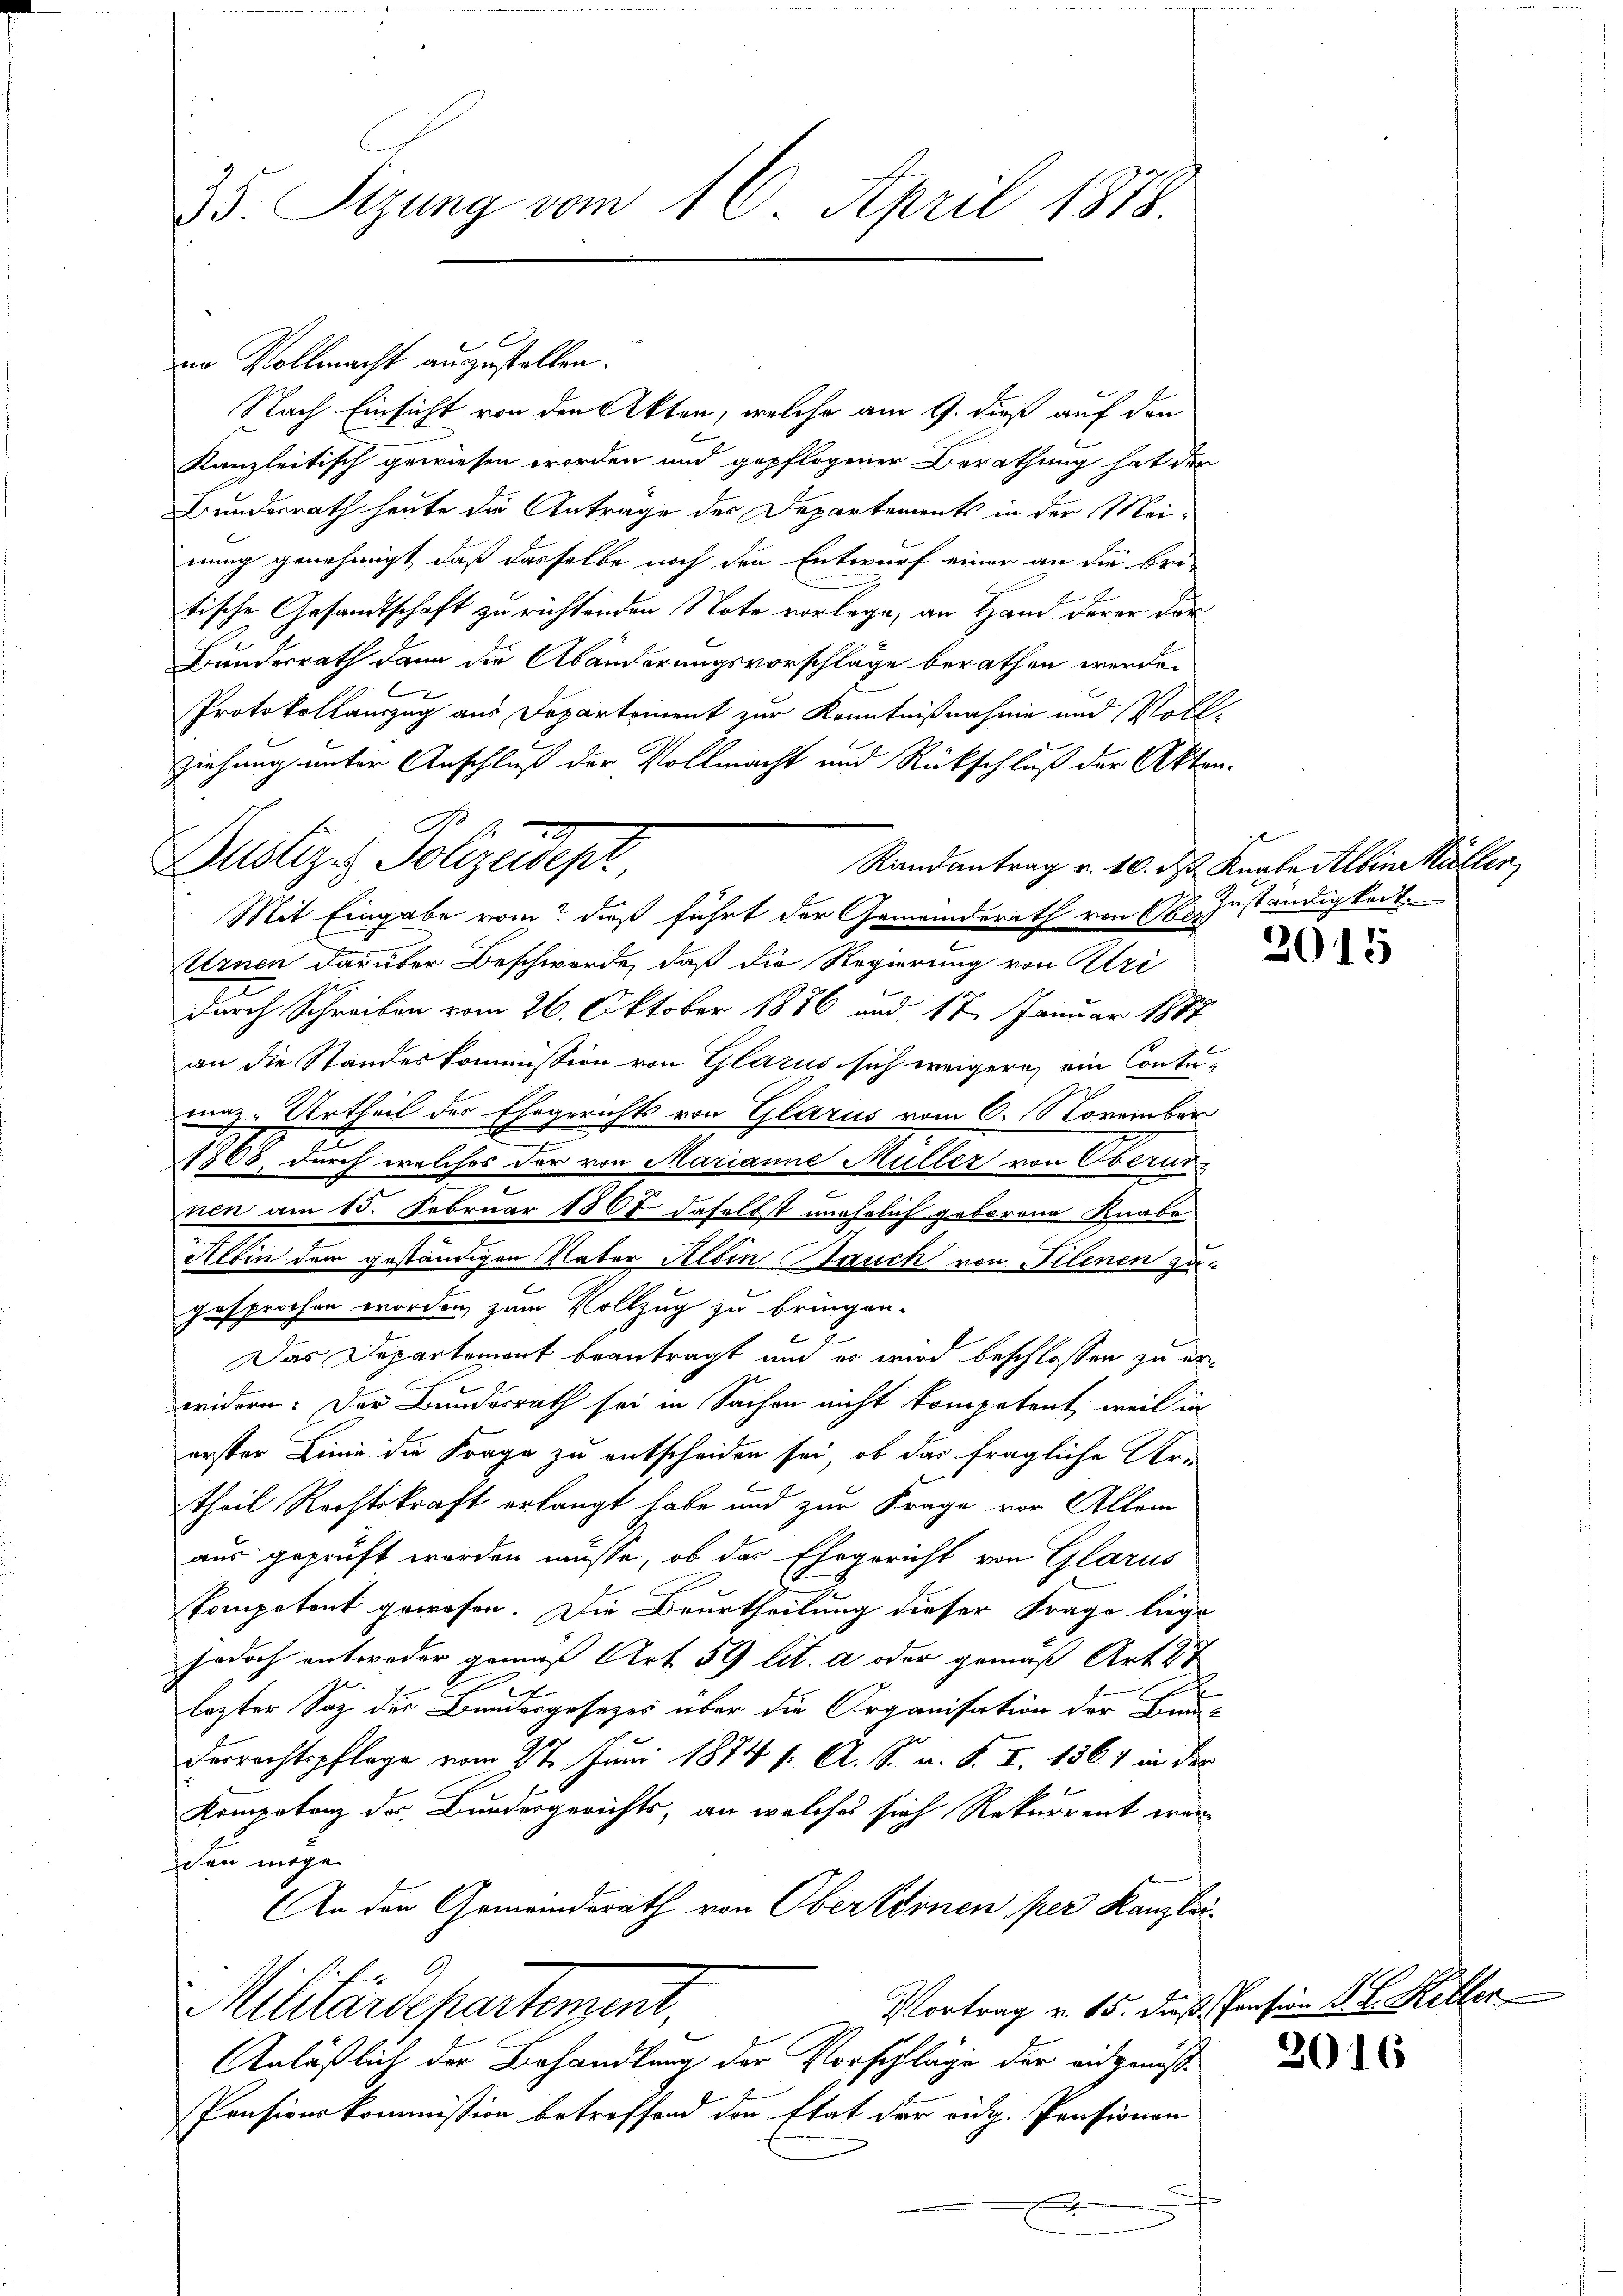
35. Sitzung vom 16. April 1878

nn Vollmacht auszustellen.
Nach Einsicht von den Akten, welche am 9. dieß auf den
Kanzleitisch gewiesen worden und gepflogener Berathung hat der
Bundesrath heute die Antrage der Departements in der Meinung genehmigt, daß dasselbe noch den Entwurf einer an die bri-
tische Gesandtschaft zu richtenden Note vorlege, an Hand derer der
Banderrath dann die Abänderungsvorschläge berathen werde.
C
Protokollauszug aus Departement zur Kenntnißnahme und Voll-
ziehung unter Anschluß der Vollmacht und Rückschluß der Akten.
Randantrag v. 10. d. Knabe Albin Müllen
Mit Eingabe vom dieß führt der Gemeinderath von Ober
Urnen darüber Beschwerde, daß die Regierung von Ulri
durch Schreiben vom 26. Oktober 1886 und 17. Januar 1887
an die Standeskommission von Glarus sich weigere, ein Contumaz-Urtheil des Ehegerichts von Glarus vom 6. November
e
1868, durch welches der von Marianne Müller von Overurnen am 15. Februar 1867 daselbst unehrlich geborene Knabe
Albin dem geständigen Vater Albin auch von Filenen zugesprochen worden, zum Vollzug zu bringen.
2
Das Departement beantragt und er wird beschlossen zu erwidern. Der Bundesrath sei in Sachen nicht kompetent, weil in
erster Linie die Frage zu entscheiden sei, ob das fragliche Ur-
theil Rechtskraft erlangt habe und zur Frage vor Allem
aus geprüft worden müsse, ob das Ehegericht von Glarus
kompetent gewesen. Die Beurtheilung dieser Frage liege
jedoch entweder gemäß Art. 59 lit. a oder gemäß Art. 27
2
lezter Saz des Bundesgesetzes über die Organisation der Bau-
Derrechtspflege vom 27. Juni 1874 s. A. S. u. S. I. 136) in der
Kompetenz des Bundesgerichts, an welches sich Rekurrent war
den möge.
An den Gemeindsrath von Obertionen per Kanzlei-
Vortrag v. 15. daß Pension d. L. Keller
Militärdepartenzent,
Anläßlich der Behandlung der Vorschläge der eidgenöß¬
Pensionskommission betreffend der Etat der eidg. Pensionen
.

Zustiz & Polizeidept

Zuständigkeit.

2015

2016